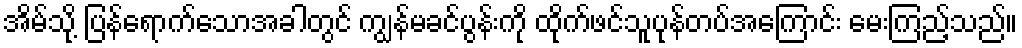
အိမ်သို့ ပြန်ရောက်သောအခါတွင် ကျွန်မခင်ပွန်းကို ထိုက်ဖင်သူပုန်တပ်အကြောင်း မေးကြည့်သည်။